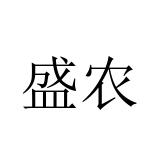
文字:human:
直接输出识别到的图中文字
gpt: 盛农